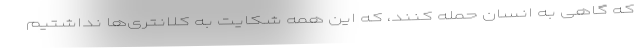
که گاهی به انسان حمله کنند، که این همه شکایت به کلانتری‌ها نداشتیم